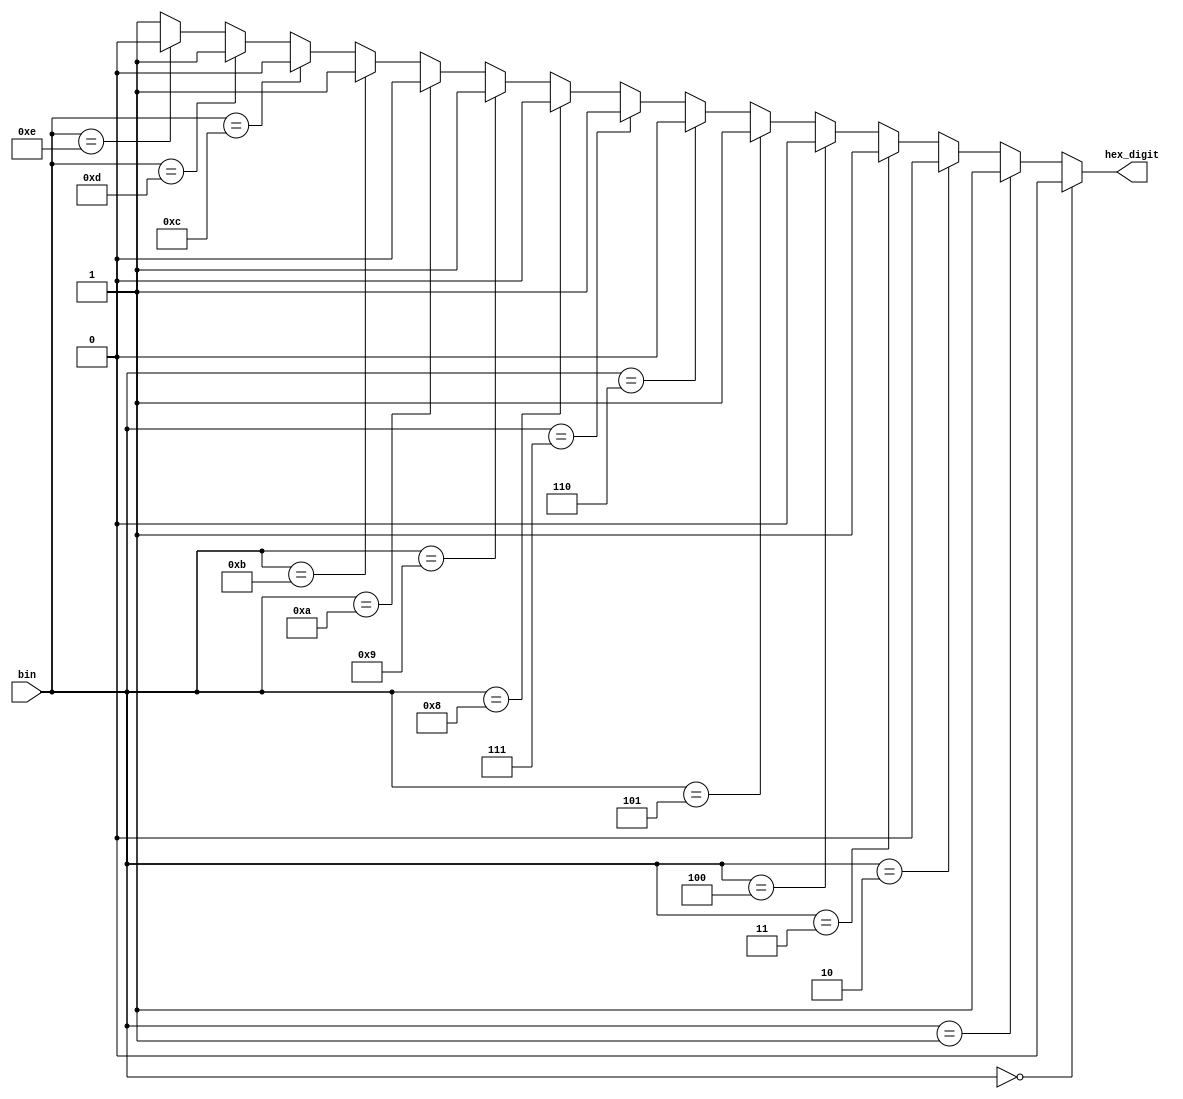
module Bin_to_Hex(input [3:0] bin, output reg hex_digit);

	assign hex_digit = (bin == 4'b0000) ? 1'h0:
	(bin == 4'b0001) ? 1'h1:
	(bin == 4'b0010) ? 1'h2:
	(bin == 4'b0011) ? 1'h3:
	(bin == 4'b0100) ? 1'h4:
	(bin == 4'b0101) ? 1'h5:
	(bin == 4'b0110) ? 1'h6:
	(bin == 4'b0111) ? 1'h7:
	(bin == 4'b1000) ? 1'h8:
	(bin == 4'b1001) ? 1'h9:
	(bin == 4'b1010) ? 1'hA:
	(bin == 4'b1011) ? 1'hB:
	(bin == 4'b1100) ? 1'hC:
	(bin == 4'b1101) ? 1'hD:
	(bin == 4'b1110) ? 1'hE: 1'hF;
	
	

endmodule